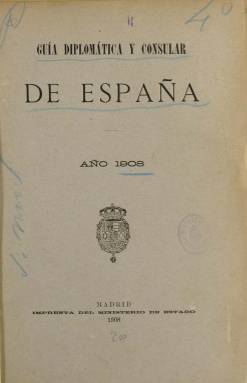
Título: Guía diplomática y consular de España
Colección: Guías y directorios
Ámbito geográfico: Madrid
Lugar de publicación: Madrid
Fechas: 01/01/1908-31/12/1908

La colección de la Biblioteca Nacional de España sólo dispone de la correspondiente al año 1908 de esta guía y directorio editado por el Ministerio de Estado, en un formato en 4º y un total de 768 páginas, estructurada en cuatro partes, subdividas en capítulos. Aunque se conoce que debió tener una primera edición en 1862 y otras posteriores en 1865 y 1898.

Empieza dando cuenta de los componentes de la Familia Real de España, para después ofrecer las relaciones del personal diplomático y consular extranjero en España y del español en el extranjero. También incluye una reseña histórica del Ministerio de Estado, su organización, funciones, presupuestos y gastos y relación de todo el personal, incluido el administrativo. A ello suma los integrantes del Tribunal de la Rota, diputación permanente de la Grandeza, cuerpo colegiado de Caballeros Hijosdalgo y reales maestranzas de Caballería.

Así mismo, inserta los textos de la Constitución de la monarquía española y de todo el desarrollo legislativo concerniente al ministerio, la carrera diplomática, tratados, convenios y demás documentos internacionales firmados por España desde 1801, tanto por orden alfabético de país como de materias. Así como un índice alfabético y hojas de servicio de los integrantes de los escalafones de las carreras diplomática, consular y de intérpretes, con su antigüedad y situación actual. A ello acompaña una docena de mapas de las demarcaciones consulares de España en todos los países extranjeros y explicaciones a los mismos.